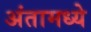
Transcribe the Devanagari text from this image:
अंतामध्ये